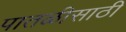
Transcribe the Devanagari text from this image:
पातळीसाठी